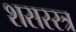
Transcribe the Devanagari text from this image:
शसस्स्त्र